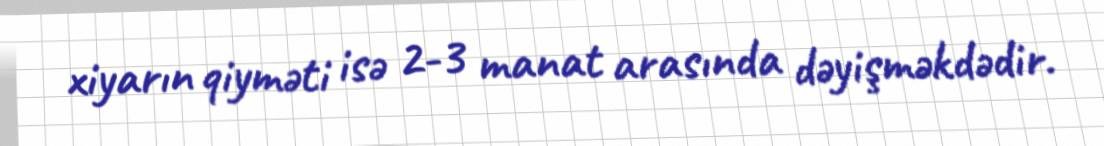
xiyarın qiyməti isə 2-3 manat arasında dəyişməkdədir.